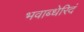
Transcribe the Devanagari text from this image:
भवाब्धेरिदं